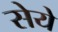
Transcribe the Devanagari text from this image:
सेये